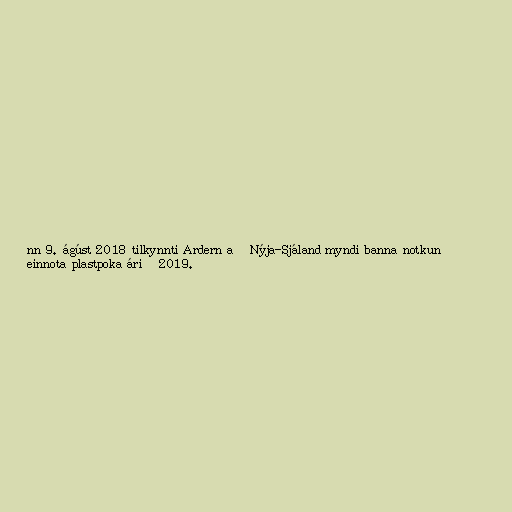
nn 9. ágúst 2018 tilkynnti Ardern að Nýja-Sjáland myndi banna notkun
einnota plastpoka árið 2019.